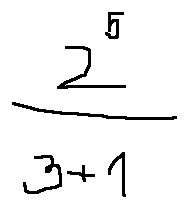
\frac { 2 ^ { 5 } } { 3 + 1 }